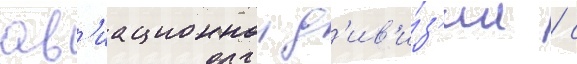
ав'иационнои д'ив'и́з'ии / с